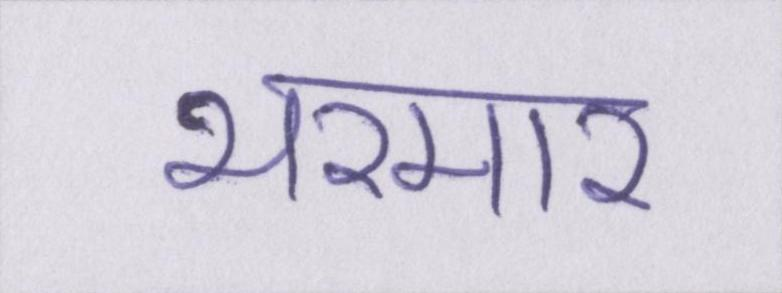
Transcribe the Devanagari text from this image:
भरमार